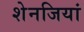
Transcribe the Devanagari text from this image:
शेनजियां